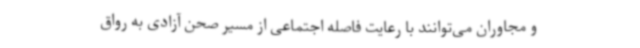
و مجاوران می‌توانند با رعایت فاصله اجتماعی از مسیر صحن آزادی به رواق